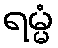
ရမ္မံ